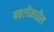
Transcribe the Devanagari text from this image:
बबलीमधील